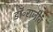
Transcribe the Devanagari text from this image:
डॉ॰राजीव